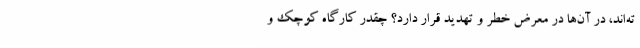
ته‌اند، در آن‌ها در معرض خطر و تهدید قرار دارد؟ چقدر کارگاه کوچک و